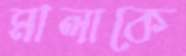
মালাকে